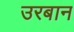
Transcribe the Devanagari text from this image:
उरबान